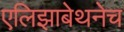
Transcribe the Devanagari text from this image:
एलिझाबेथनेच